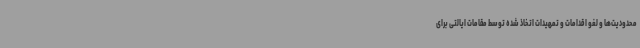
محدودیت‌ها و لغو اقدامات و تمهیدات اتخاذ شده توسط مقامات ایالتی برای